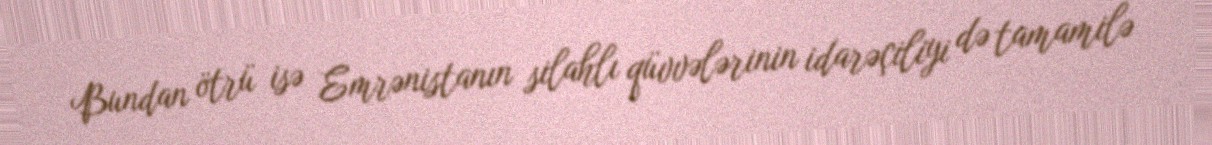
Bundan ötrü isə Emrənistanın silahlı qüvvələrinin idarəçiliyi də tamamilə